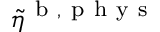
\tilde { \eta } ^ { \mathrm { ~ b ~ } , \mathrm { ~ p ~ h ~ y ~ s ~ } }